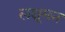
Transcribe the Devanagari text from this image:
लक्षूमन